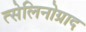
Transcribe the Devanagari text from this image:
त्सेलिनोग्राद